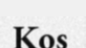
Kos